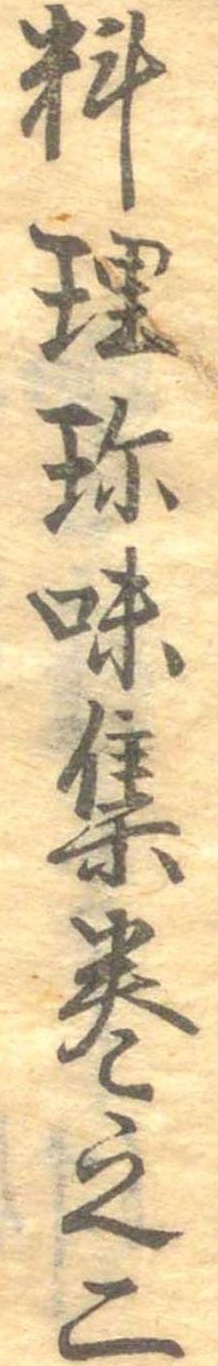
料理珍味集巻之二